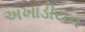
અખાડીયન